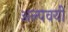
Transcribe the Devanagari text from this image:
अल्पवयी